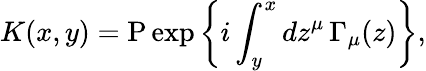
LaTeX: K(x,y)=\mathrm{P}\exp\left\{ i\int_{y}^{x}dz^{\mu}\, \Gamma_{\mu}(z)\right\} ,